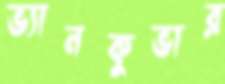
ভ্যানকুভার